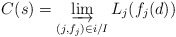
\begin{align*} C(s)=\varinjlim_{(j,f_j)\in i/I} L_j(f_j(d))\end{align*}